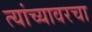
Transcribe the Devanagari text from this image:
त्यांच्यावरचा